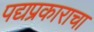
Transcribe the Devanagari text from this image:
पद्यप्रकाराचा